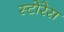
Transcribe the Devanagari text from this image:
स्टोरेस